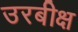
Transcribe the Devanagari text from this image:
उरबीक्ष